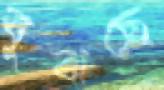
বুঝছে